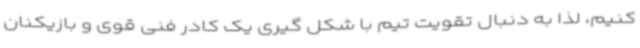
کنیم، لذا به دنبال تقویت تیم با شکل گیری یک کادر فنی قوی و بازیکنان